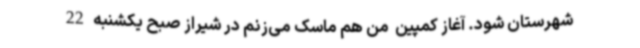
شهرستان شود. آغاز کمپین  من هم ماسک می‌زنم در شیراز صبح یکشنبه 22